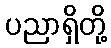
ပညာရှိတို့